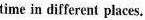
time in different places.